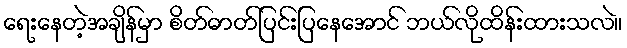
ရေးနေတဲ့အချိန်မှာ စိတ်ဓာတ်ပြင်းပြနေအောင် ဘယ်လိုထိန်းထားသလဲ။